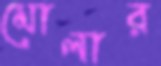
মোলার